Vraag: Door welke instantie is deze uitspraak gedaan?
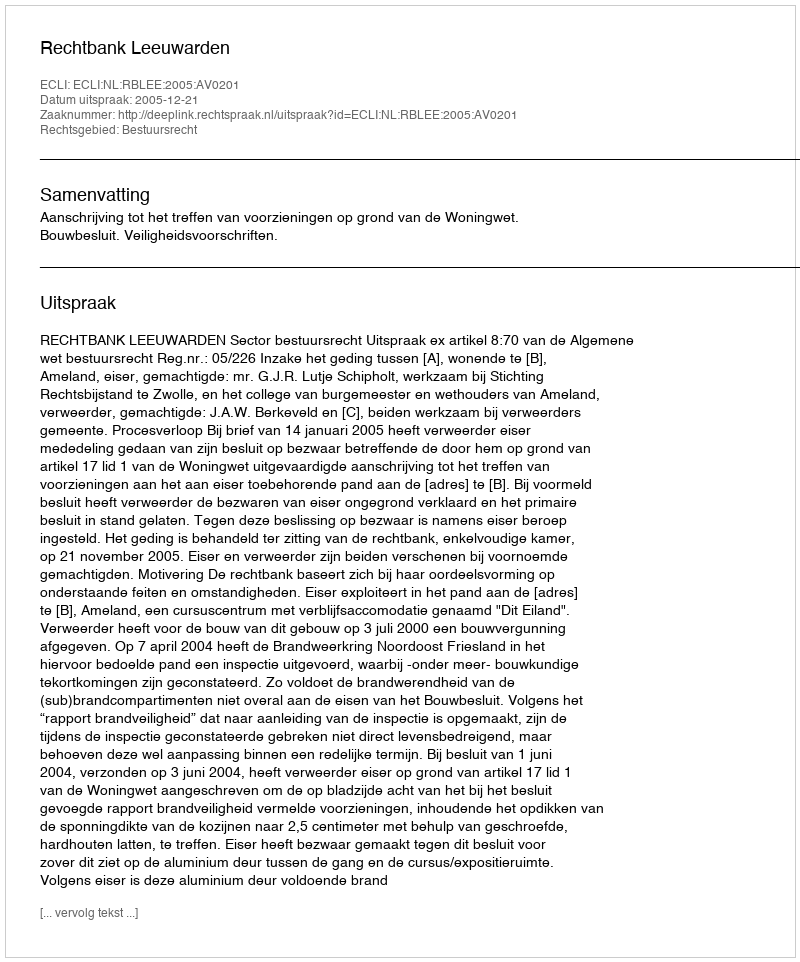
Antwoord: Rechtbank Leeuwarden